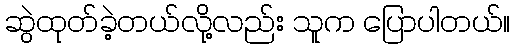
ဆွဲထုတ်ခဲ့တယ်လို့လည်း သူက ပြောပါတယ်။